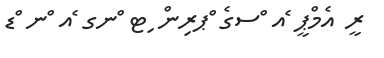
ރީ އެމްޕީ ެއ ްސގެ ްޕރިން ިޓ ްނގ ެއ ްނ ްޑ